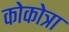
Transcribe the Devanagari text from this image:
कोकोत्रा